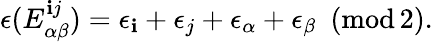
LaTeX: \epsilon(E_{\alpha\beta}^{\mathbf{i}j})=\epsilon_{\mathbf{i}}+\epsilon_{j}+\epsilon_{\alpha}+\epsilon_{\beta}\, \, \, (\mathrm{{mod\, 2}}).